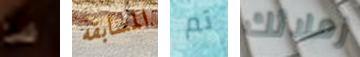
شئ المسابقه تم زملائك